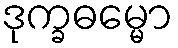
ဒုက္ခဓမ္မော